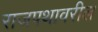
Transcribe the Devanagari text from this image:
राजपथावरील